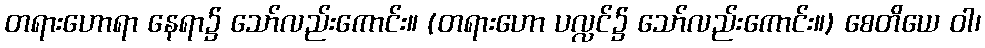
တရားဟောရာ နေရာ၌ သော်လည်းကောင်း။ (တရားဟော ပလ္လင်၌ သော်လည်းကောင်း။) စေတိယေ ဝါ၊